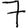
Digit: 7